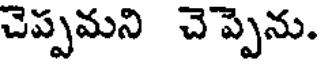
చెప్పమని చెప్పెను.